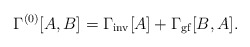
\begin{align*}\Gamma^{(0)}[A,B]=\Gamma_\mathrm{inv}[A]+\Gamma_\mathrm{gf}[B,A].\end{align*}